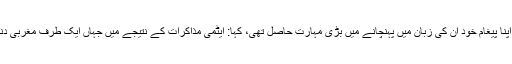
خامنه ای نے اس نکتے کی جانب اشارہ کرتے ہوئے کہ" انبیاء علیہم السلام کو عوام تک اپنا پیغام خود ان کی زبان میں پہنچانے میں ﺑﮍﯼ ﻣﮩﺎﺭﺕ ﺣﺎﺻﻞ ﺗﮭﯽ، کہا: ایٹمی مذاکرات کے نتیجے میں جہاں ایک طرف مغربی دنیا اور امریکہ کی پہچان ہوئی وہیں ان کا حقیقی چہرہ دنیا کے سامنے عیاں ہو کر رہ گیا۔